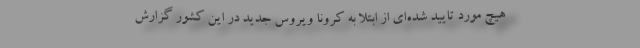
هیچ مورد تایید شده‌ای از ابتلا به کرونا ویروس جدید در این کشور گزارش